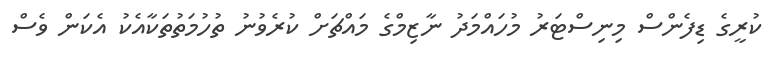
ކުރީގެ ޑިފެންސް މިނިސްޓަރު މުހައްމަދު ނާޒިމްގެ މައްޗަށް ކުރެވުނު ތުހުމަތުތަކާއެކު އެކަން ވެސް